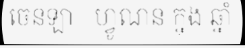
ចេនឡា - ហ្វូណន ក្នុង ឆ្នាំ